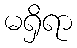
မရှိရာ